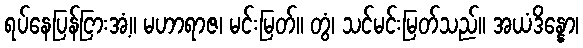
ရပ်နေပြန်ငြားအံ့။ မဟာရာဇ၊ မင်းမြတ်။ တွံ၊ သင်မင်းမြတ်သည်။ အယံဒိန္နော၊